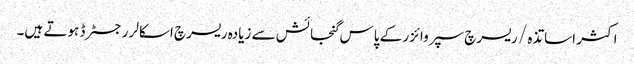
اکثر اساتذہ / ریسرچ سپروائزر کے پاس گنجائش سے زیادہ ریسرچ اسکالر رجسٹرڈ ہوتے ہیں۔